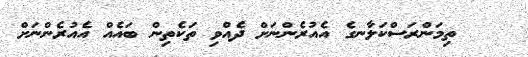
ތިމަންރަސްކަލާނގެ އެއުރެންނަށް ދެއްވި ތަކެތިން ބައެއް އެއުރެންނަށް